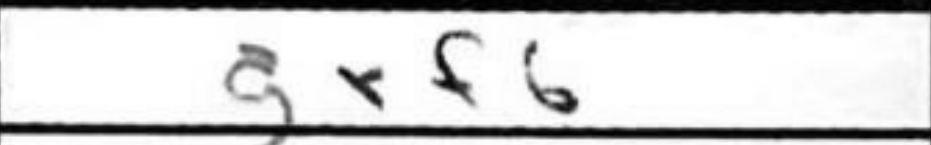
Transcription: gxf6